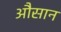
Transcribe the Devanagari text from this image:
औसान